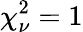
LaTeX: \chi_{\nu}^{2}=1